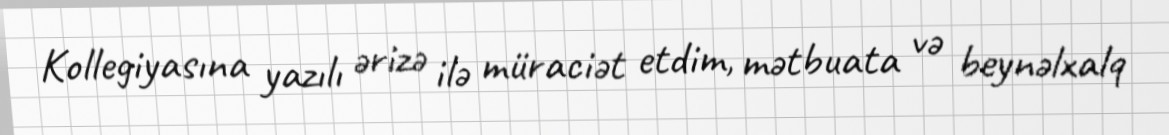
Kollegiyasına yazılı ərizə ilə müraciət etdim, mətbuata və beynəlxalq